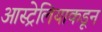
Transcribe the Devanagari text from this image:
आस्ट्रेलियाकडून